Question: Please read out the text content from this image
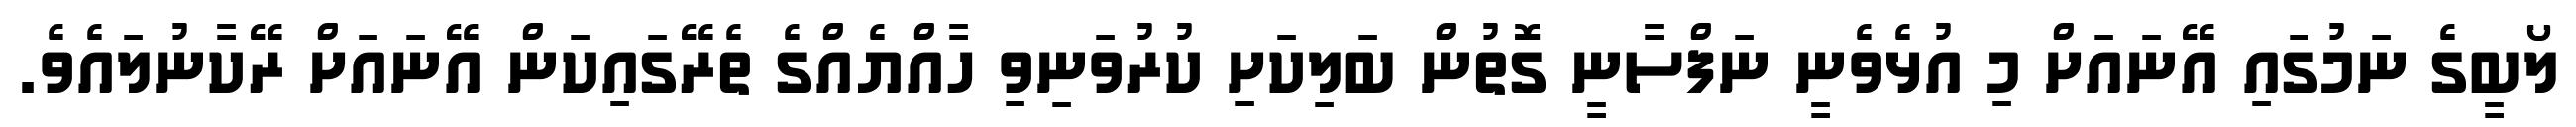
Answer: ލޯބީގެ ނަމުގައި އޭނައަށް މި އުޅެވެނީ ނަފްސާނީ ގޮތުން ބަލިކަށި ކުރުވަނިވި ހާއްޔެއްގެ ތެރޭގައިކަން އޭނައަށް ރޭކާނުލައެވެ.